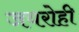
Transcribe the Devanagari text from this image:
जयरोही